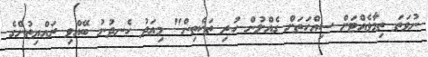
ނުވަތަ ތިމާވެއްޓަށް ސިއްހަތަށް ގެއްލުން ހުރި ތަކެތިން" މިއަދު ހެނދުނު ބޭއްވި ރައްޔިތުންގެ